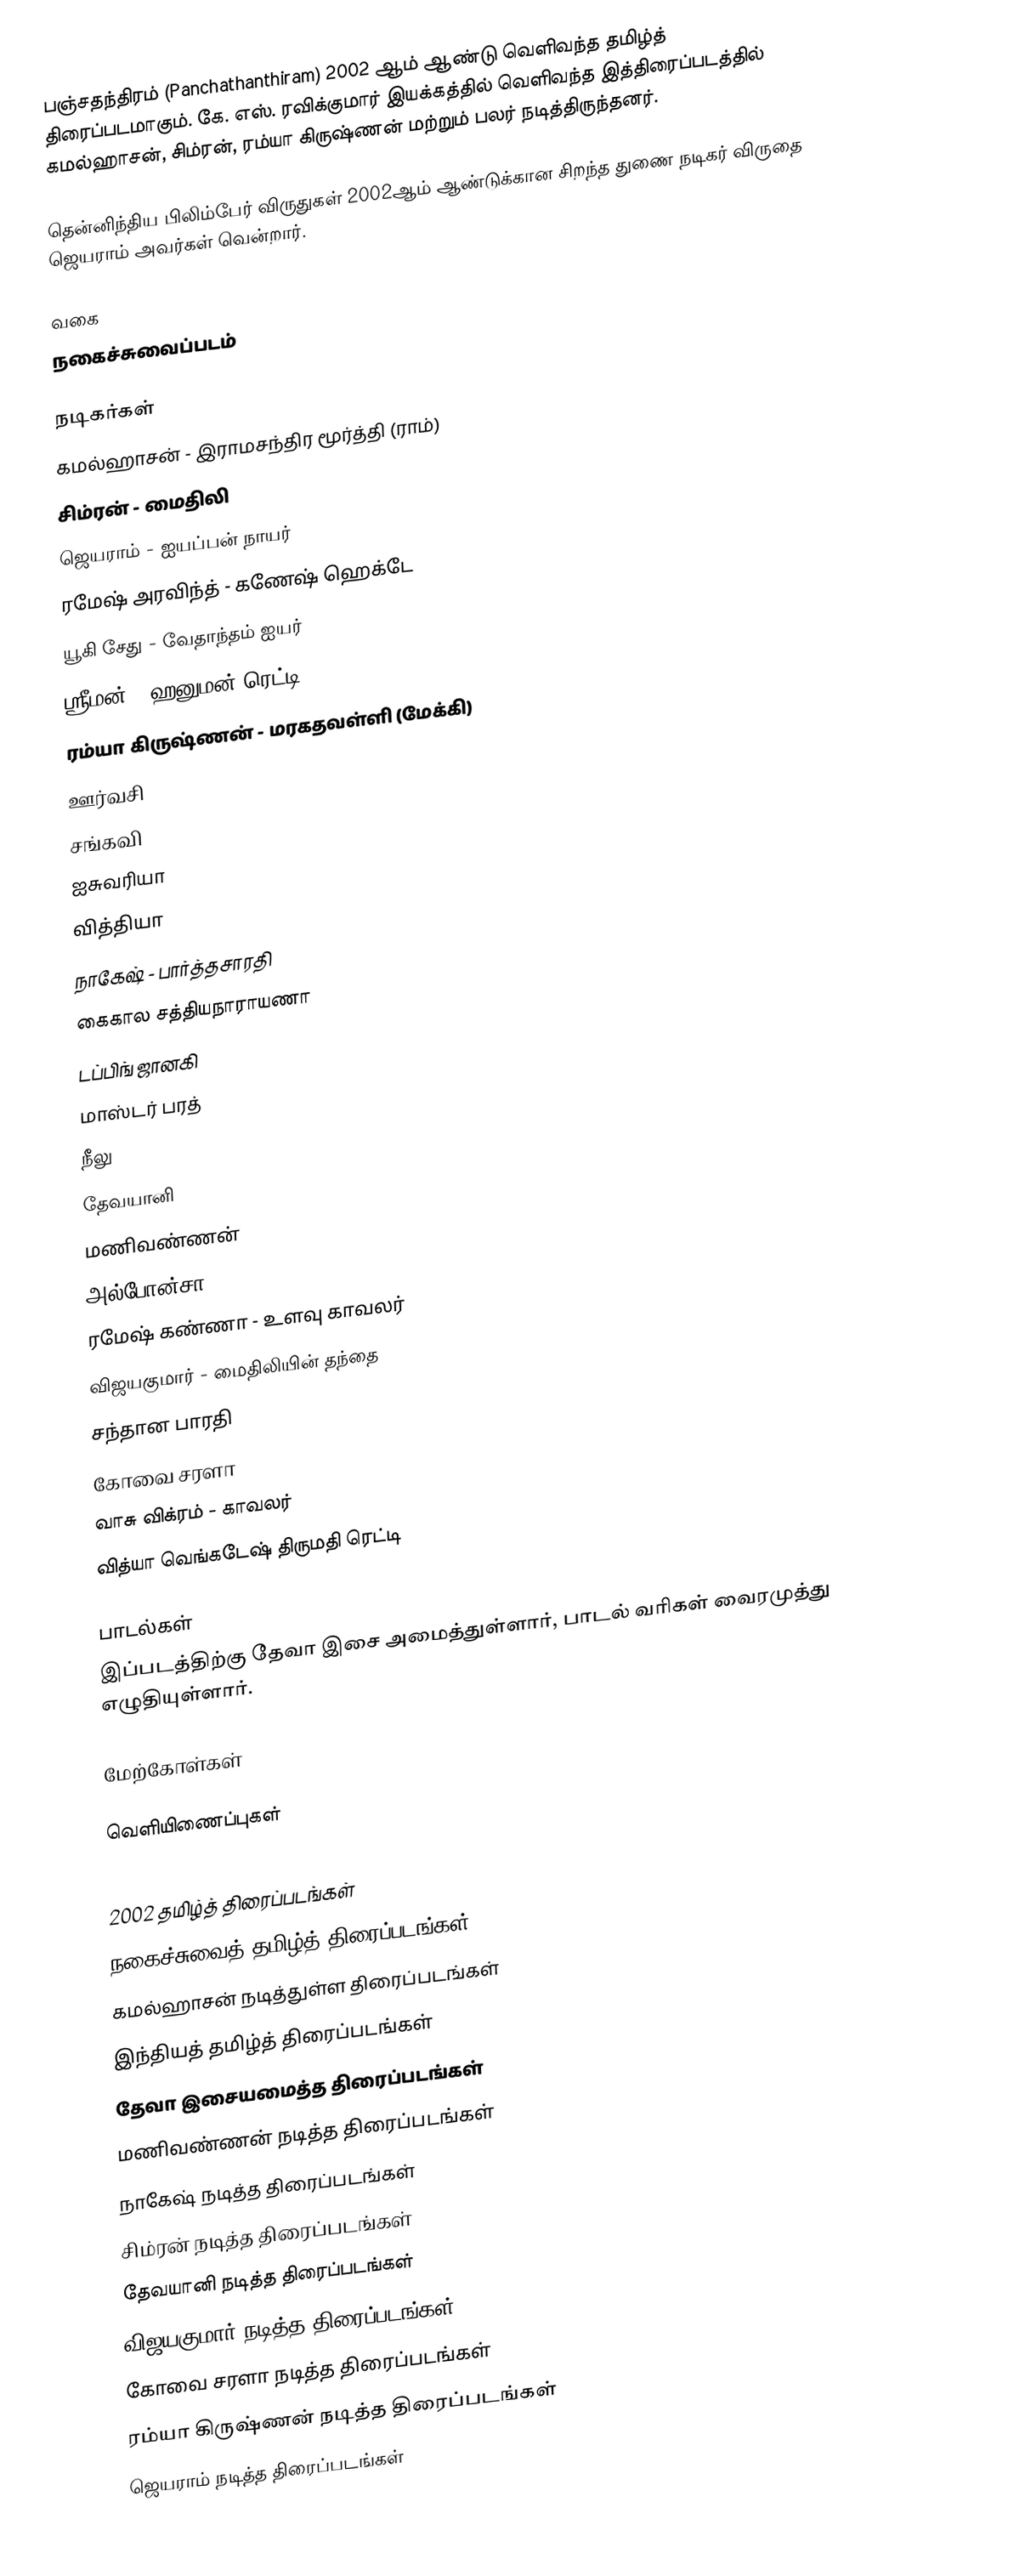
பஞ்சதந்திரம் (Panchathanthiram) 2002 ஆம் ஆண்டு வெளிவந்த தமிழ்த் திரைப்படமாகும். கே. எஸ். ரவிக்குமார் இயக்கத்தில் வெளிவந்த இத்திரைப்படத்தில் கமல்ஹாசன், சிம்ரன், ரம்யா கிருஷ்ணன் மற்றும் பலர் நடித்திருந்தனர்.

தென்னிந்திய பிலிம்பேர் விருதுகள் 2002ஆம் ஆண்டுக்கான சிறந்த துணை நடிகர் விருதை ஜெயராம் அவர்கள் வென்றார்.

வகை
நகைச்சுவைப்படம்

நடிகர்கள்
 கமல்ஹாசன் - இராமசந்திர மூர்த்தி (ராம்)
 சிம்ரன் - மைதிலி
 ஜெயராம் - ஐயப்பன் நாயர்
 ரமேஷ் அரவிந்த் - கணேஷ் ஹெக்டே
 யூகி சேது - வேதாந்தம் ஐயர்
 ஸ்ரீமன் - ஹனுமன் ரெட்டி
 ரம்யா கிருஷ்ணன் - மரகதவள்ளி (மேக்கி)
 ஊர்வசி
 சங்கவி
 ஐசுவரியா
 வித்தியா
 நாகேஷ் - பார்த்தசாரதி
 கைகால சத்தியநாராயணா
 டப்பிங் ஜானகி
 மாஸ்டர் பரத்
 நீலு
 தேவயானி
 மணிவண்ணன்
 அல்போன்சா
 ரமேஷ் கண்ணா - உளவு காவலர்
 விஜயகுமார் - மைதிலியின் தந்தை
 சந்தான பாரதி
 கோவை சரளா
 வாசு விக்ரம் - காவலர்
 வித்யா வெங்கடேஷ் திருமதி ரெட்டி

பாடல்கள்
இப்படத்திற்கு தேவா இசை அமைத்துள்ளார், பாடல் வரிகள் வைரமுத்து எழுதியுள்ளார்.

மேற்கோள்கள்

வெளியிணைப்புகள்

2002 தமிழ்த் திரைப்படங்கள்
நகைச்சுவைத் தமிழ்த் திரைப்படங்கள்
கமல்ஹாசன் நடித்துள்ள திரைப்படங்கள்
இந்தியத் தமிழ்த் திரைப்படங்கள்
தேவா இசையமைத்த திரைப்படங்கள்
மணிவண்ணன் நடித்த திரைப்படங்கள்
நாகேஷ் நடித்த திரைப்படங்கள்
சிம்ரன் நடித்த திரைப்படங்கள்
தேவயானி நடித்த திரைப்படங்கள்
விஜயகுமார் நடித்த திரைப்படங்கள்
கோவை சரளா நடித்த திரைப்படங்கள்
ரம்யா கிருஷ்ணன் நடித்த திரைப்படங்கள்
ஜெயராம் நடித்த திரைப்படங்கள்